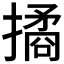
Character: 𢵮